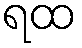
ရထ